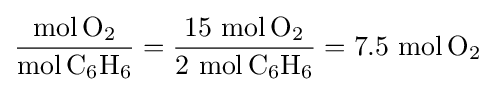
{\frac {\mathrm {mol} \,\mathrm {O} {\vphantom {A}}_{\smash[{t}]{2}}}{\mathrm {mol} \,\mathrm {C} {\vphantom {A}}_{\smash[{t}]{6}}\mathrm {H} {\vphantom {A}}_{\smash[{t}]{6}}}}={\frac {15\ {\mathrm {mol} \,\mathrm {O} {\vphantom {A}}_{\smash[{t}]{2}}}}{2\ {\mathrm {mol} \,\mathrm {C} {\vphantom {A}}_{\smash[{t}]{6}}\mathrm {H} {\vphantom {A}}_{\smash[{t}]{6}}}}}=7.5\ {\mathrm {mol} \,\mathrm {O} {\vphantom {A}}_{\smash[{t}]{2}}}